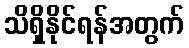
သိရှိနိုင်ရန်အတွက်